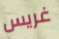
غريس